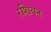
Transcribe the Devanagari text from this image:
रशियऩ